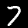
Digit: 7